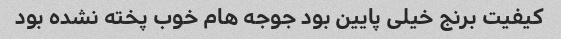
کیفیت برنج خیلی پایین بود جوجه هام خوب پخته نشده بود